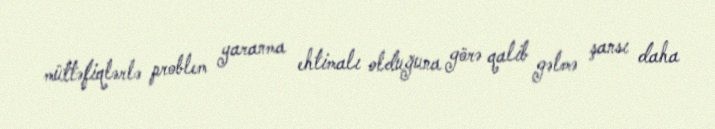
müttəfiqlərlə problem yaranma ehtimalı olduğuna görə qalib gəlmə şansı daha